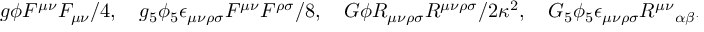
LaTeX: g \phi F ^ { \mu \nu } F _ { \mu \nu } / 4 , \quad g _ { 5 } \phi _ { 5 } \epsilon _ { \mu \nu \rho \sigma } F ^ { \mu \nu } F ^ { \rho \sigma } / 8 , \quad G \phi R _ { \mu \nu \rho \sigma } R ^ { \mu \nu \rho \sigma } / 2 \kappa ^ { 2 } , \quad G _ { 5 } \phi _ { 5 } \epsilon _ { \mu \nu \rho \sigma } { R ^ { \mu \nu } } _ { \alpha \beta } R ^ { \rho \sigma \alpha \beta } / 4 \kappa ^ { 2 } ,